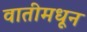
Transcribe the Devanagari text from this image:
वातीमधून